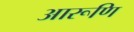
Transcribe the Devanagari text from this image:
आरूणि